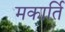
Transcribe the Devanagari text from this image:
मकार्ति